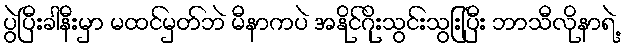
ပွဲပြီးခါနီးမှာ မထင်မှတ်ဘဲ မီနာကပဲ အနိုင်ဂိုးသွင်းသွြးပြီး ဘာသီလိုနာရဲ့